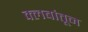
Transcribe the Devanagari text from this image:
क्लबांतून